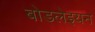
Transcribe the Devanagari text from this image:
बोडलेइयन